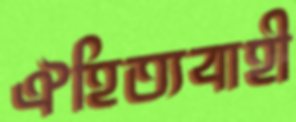
ঐহিত্যবাহী